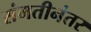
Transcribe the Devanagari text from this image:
संमतीनंतर